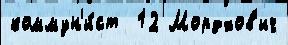
коммун'и́ст  12 Мордхов'ич